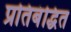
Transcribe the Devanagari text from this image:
प्रतिबंद्धित